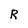
Character: R